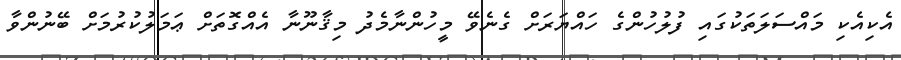
އެކިއެކި މައްސަލަތަކުގައި ފުލުހުންގެ ހައްޔަރަށް ގެނެވޭ މީހުންނާމެދު މިޤާނޫނާ އެއްގޮތަށް ޢަމަލުކުރުމަށް ބޭނުންވާ